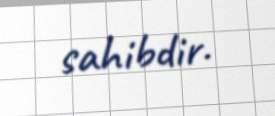
sahibdir.